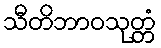
သီတိဘာဝသုတ္တံ